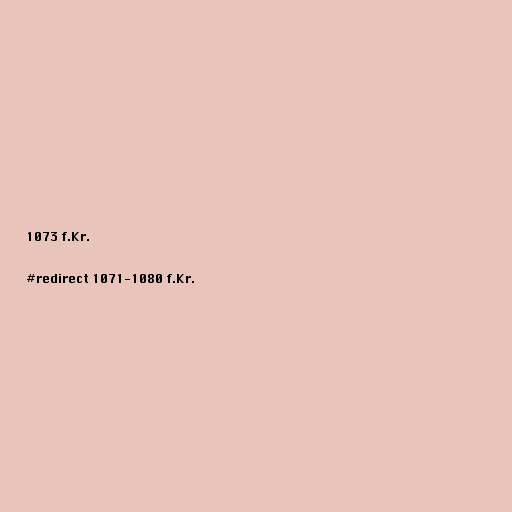
1073 f.Kr.

#redirect 1071-1080 f.Kr.